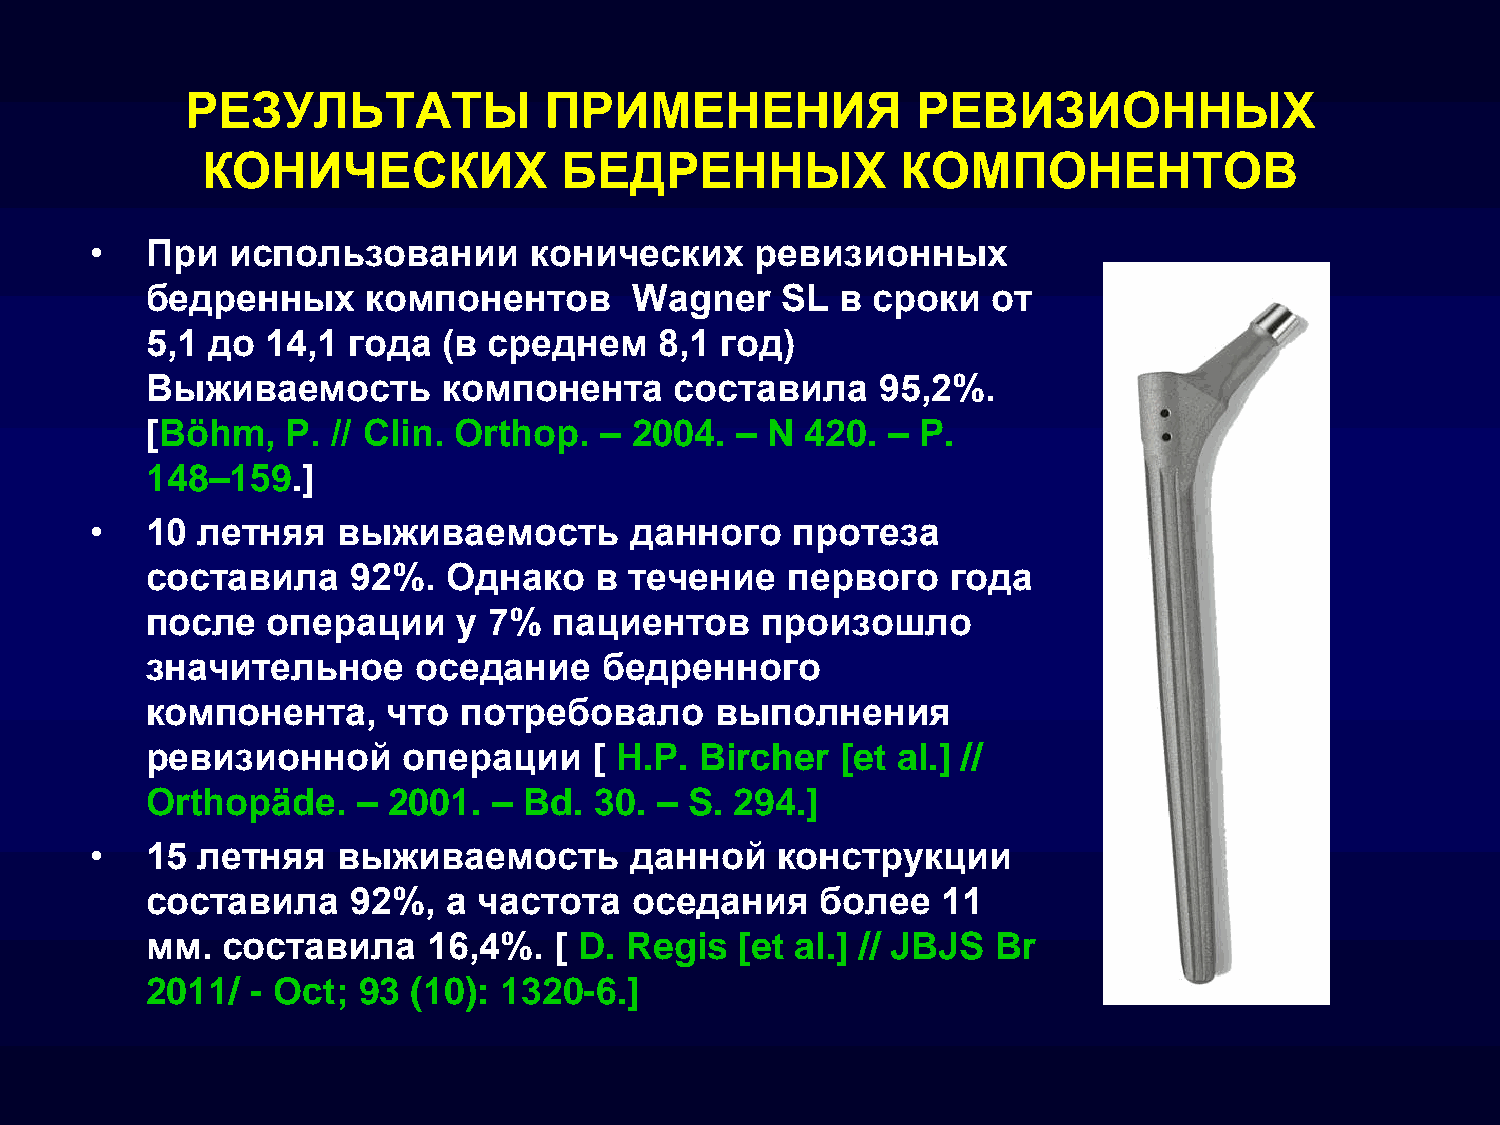
РЕЗУЛЬТАТЫ              ПРИМЕНЕНИЯ               РЕВИЗИОННЫХ
 КОНИЧЕСКИХ              БЕДРЕННЫХ              КОМПОНЕНТОВ
 •   При  использовании       конических     ревизионных
 бедренных     компонентов       Wagner    SL  в сроки   от
 5,1 до  14,1 года  (в среднем     8,1 год)
 Выживаемость       компонента      составила    95,2%.
 [Böhm,   P. // Clin. Orthop.  – 2004.  – N 420.  – P.
 148–159.]
 •   10 летняя   выживаемость        данного    протеза
 составила    92%.   Однако   в  течение   первого    года
 после   операции    у 7%   пациентов    произошло
 значительное      оседание    бедренного
 компонента,     что  потребовало     выполнения
 ревизионной      операции    [ H.P. Bircher   [et al.] //
 Orthopäde.    – 2001.  – Bd. 30. –  S. 294.]
 •   15 летняя   выживаемость        данной   конструкции
 составила    92%,   а частота   оседания    более   11
 мм.  составила    16,4%.   [ D. Regis  [et al.] // JBJS Br
 2011/  - Oct; 93 (10): 1320-6.]